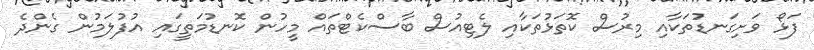
ފަޅޯ ވަށިގަނޑުތަކާއި މިރުސް ކޮތަޅުތަކާއި ލެޓިއުސް ބާސްކެޓްތައް މީހުން ކޮނޑުމަތީގައި އުފުލަމުން ގެންދެ